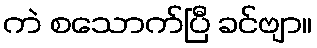
ကဲ စသောက်ပြီ ခင်ဗျာ။